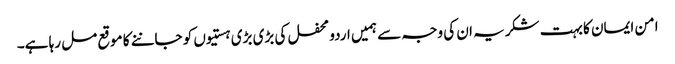
امن ایمان کا بہت شکریہ ان کی وجہ سے ہمیں اردو محفل کی بڑی بڑی ہستیوں کو جاننے کا موقع مل رہا ہے۔